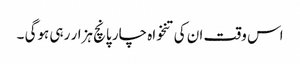
اس وقت ان کی تنخواہ چار پانچ ہزار رہی ہوگی ۔